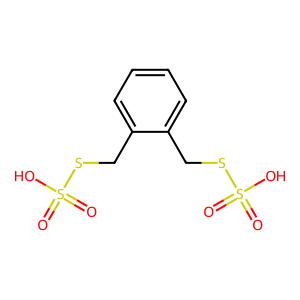
SMILES: O=S(=O)(O)SCc1ccccc1CSS(=O)(=O)O
Inhibits HIV replication: No